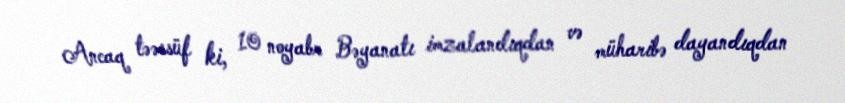
Ancaq təəssüf ki, 10 noyabr Bəyanatı imzalandıqdan və müharibə dayandıqdan